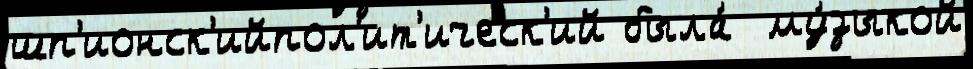
шп'ионск'ийпол'ит'ическ'ий была́  му́зыкой